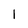
Character: 1